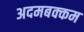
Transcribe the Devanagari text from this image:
अदमबक्कम